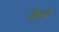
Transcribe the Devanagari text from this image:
कैनों